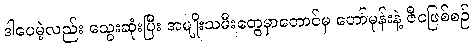
ဒါပေမဲ့လည်း သွေးဆုံးပြီး အမျိုးသမီးတွေမှာတောင်မှ ဟော်မုန်းနဲ့ ဇီဝဖြစ်စဉ်